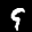
Label: 9